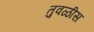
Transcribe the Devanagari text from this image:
तुवळीस